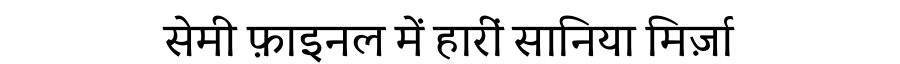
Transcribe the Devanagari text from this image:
सेमी फ़ाइनल में हारीं सानिया मिर्ज़ा